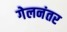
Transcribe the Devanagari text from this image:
गेलनंतर